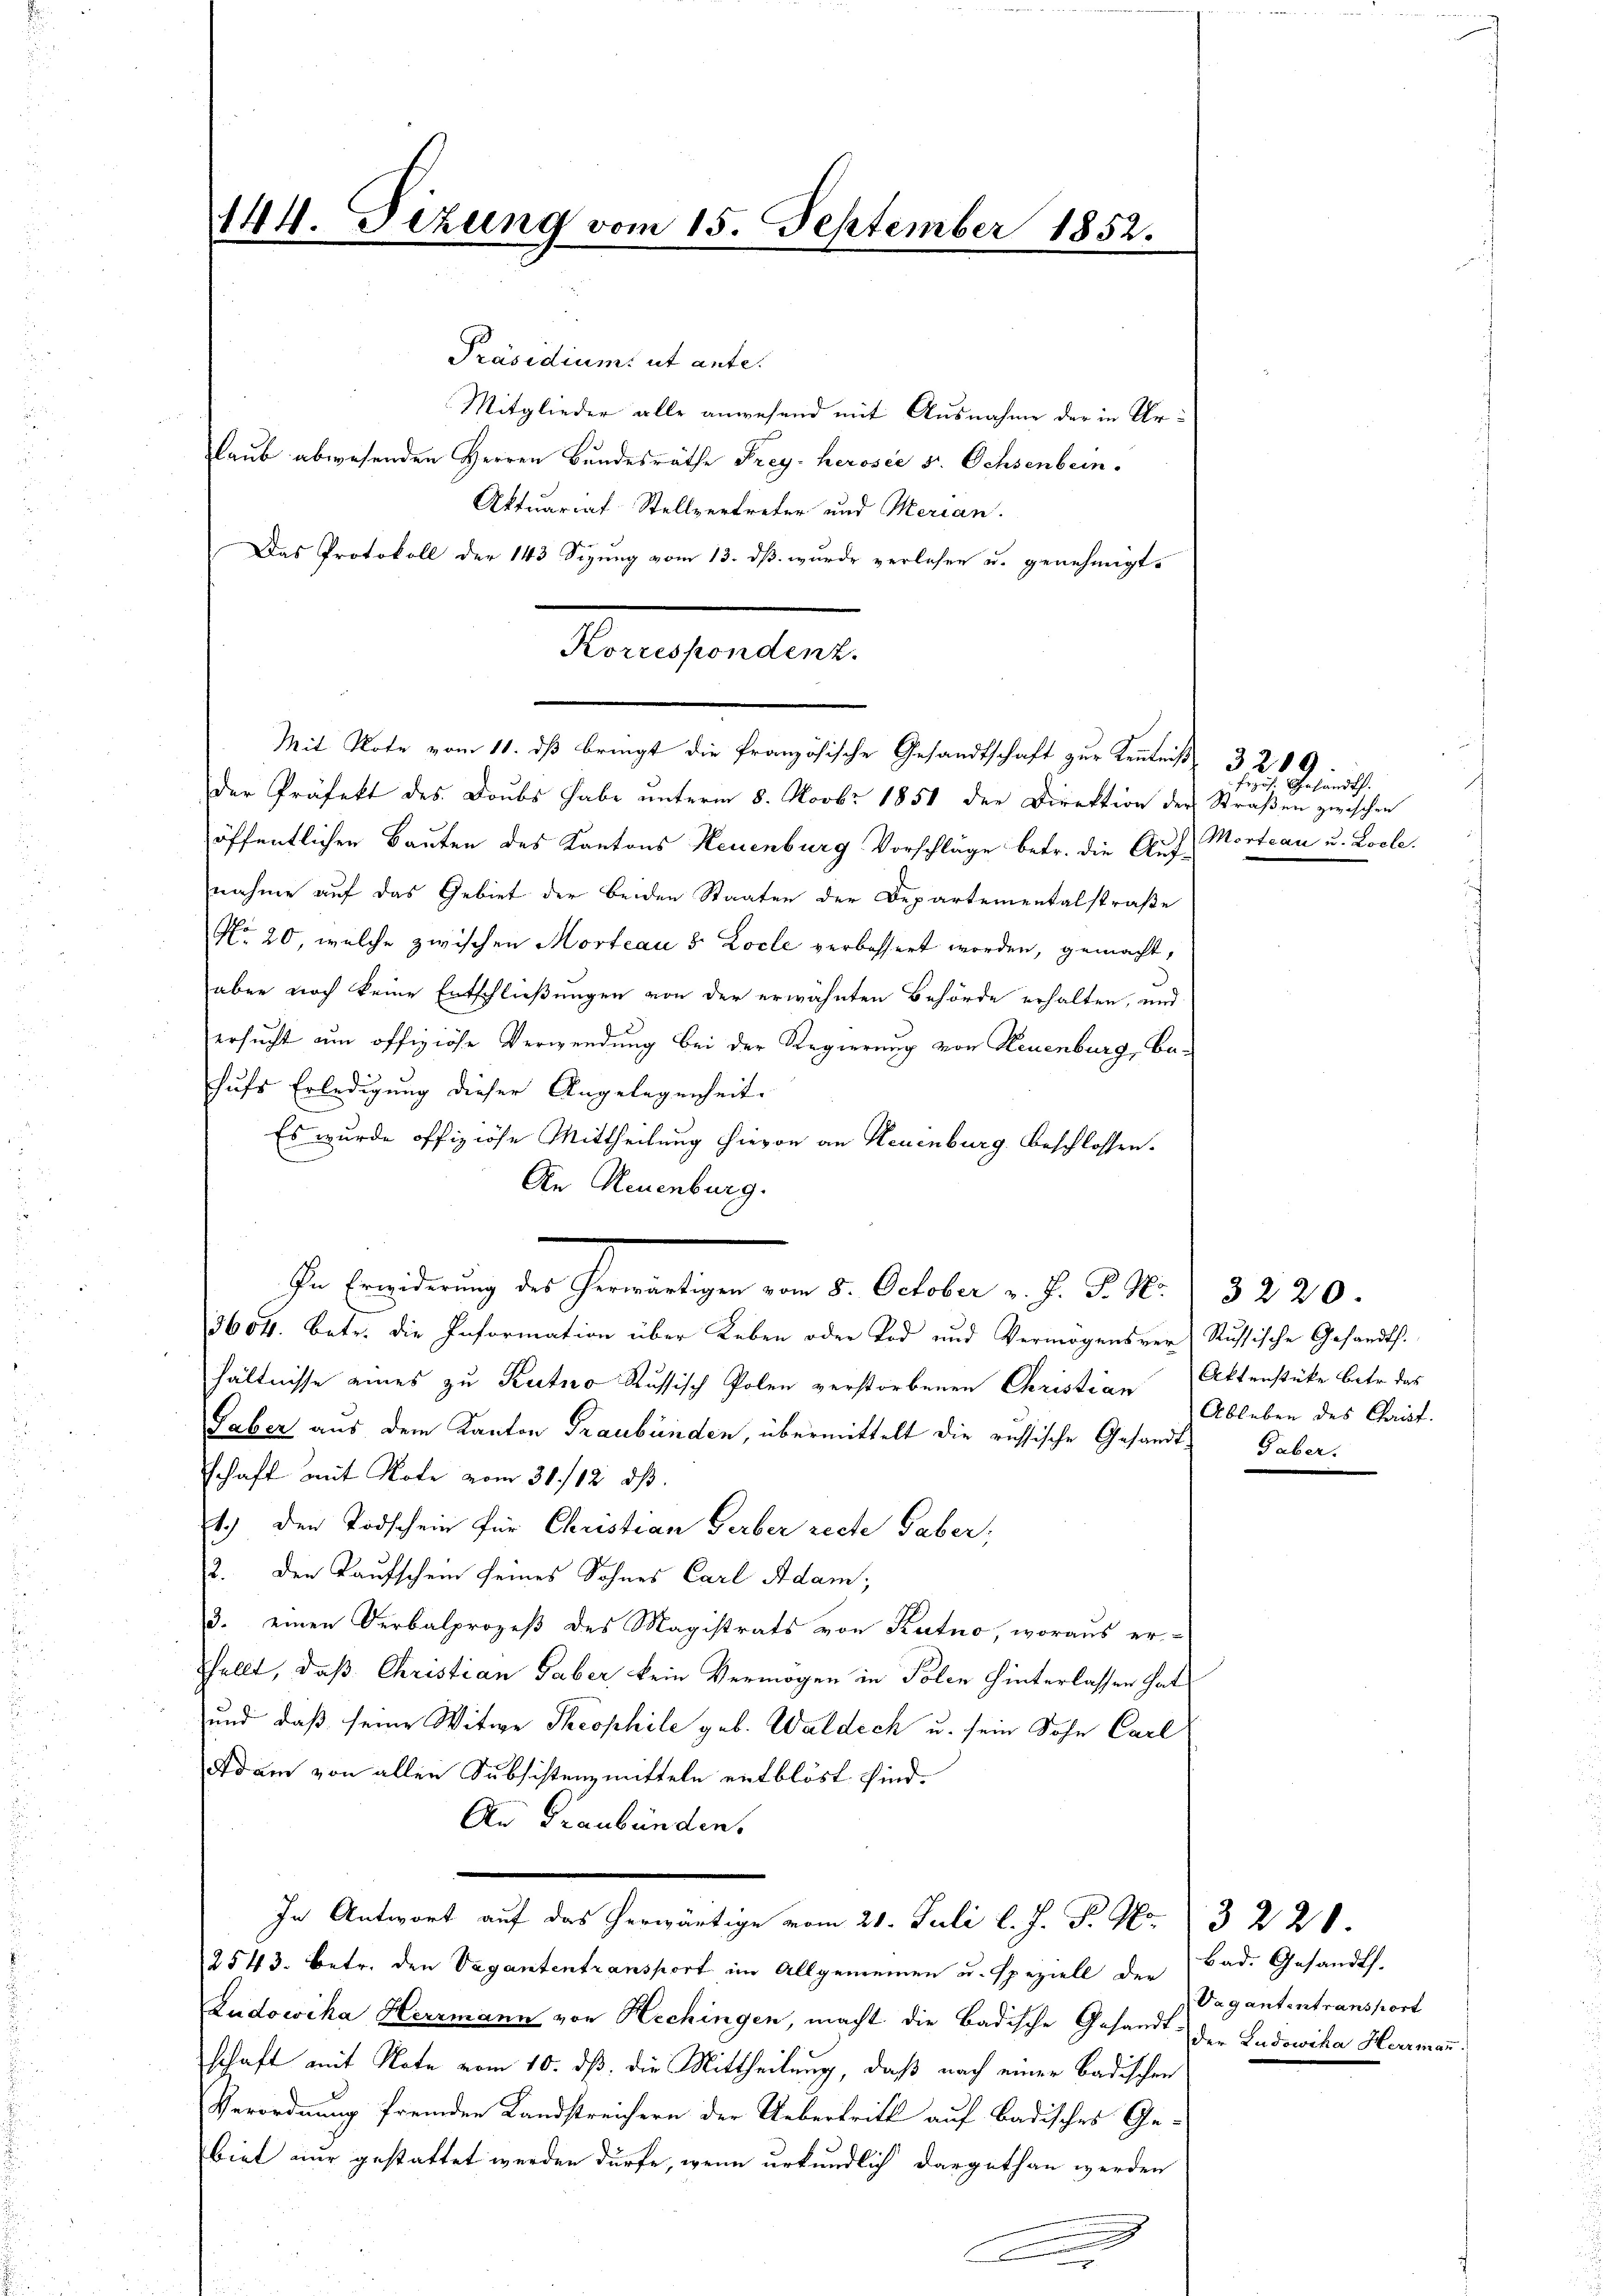
144. Tizung vom 15. September 1852.

Mitglieder alle anwesend mit Ausnahme der in Urlaub abwesenden Herren Bundesräthe Frey. herosie sr. Ochsenbein.
Aktuariat-Stellvertreter und Merian.
Das Protokoll der 143 Sizung vom 13. dß wurde verlesen u. genehmigt.
der Präfekt des Doubs habe unterm 8. Novbr. 1851 der Direktion der Straßen zwischen
öffentlichen Bauten des Kantons Neuenburg Vorschläge betr. die Auf Morteau u. Losle.
nahme auf das Gebiet der beiden Staaten der Departementalstraße
No 20, welche zwischen Morteau & Locle verbessert worden, gemacht,
aber noch keine Entschließungen von der erwähnten Behörde erhalten, und
ersucht um offiziöse Verwendung bei der Regierung von Neuenburg, Ba-
hufs Erledigung dieser Angelegenheit.
Es wurde offiziöse Mittheilung hievon an Neuenburg beschlossen.
An Neuenburg.
3604. betr. die Information über Leben oder Tod und Vermögensrer Russische Gesandtshältnisse eines zu Rutno Russisch Polen verstorbenen Christian Aktenstücke betr. das
Saber aus dem Kanton Graubünden, übermittelt die russische Gesandtschaft mit Note vom 31./12. dβ.
1.) Den Todschein für Christian Gerber recte Gaber,
2. Den Kaufschein seines Sohnes Carl Adam;
3. einen Verbalprozeß des Magistrats von Kutno, woraus er-
shellt, daß Christian Gaber kein Vermögen in Polen hinterlassen hat
und daß seine Witwe Theophile geb. Waldech u. sein Sohn Carl
Adam von allen Subsistenzmitteln entblöst sind.
An Graubünden.
.
In Antwort auf das herwärtige vom 21. Juli l. J. P. Nr. 3 228.
2543. Betr. den Vagantentransport im Allgemeinen u. speziell der Bad. Gesandts.
Ludowika Herrmann von Hechingen, macht die badische Gesandt der Ludovika Herrmann
schaft mit Note vom 10. dß die Mittheilung, daß nach einer Badischen
Verordnung fremden Landstreichern der Uebertritt auf Badisches Ge-
biet nur gestattet werden dürfe, wenn urkundlich dargethan werden
e

Korrespondenz.
Mit Note vom 11. dß bringt die französische Gesandtschaft zur Kenntniß 3200

In Erwiderung des herwärtigen von 5. October v. J. P. N. 3220.

.
.

frös. Gesandt.

Ableben des Christ.
Gaber.

Vagantentransport